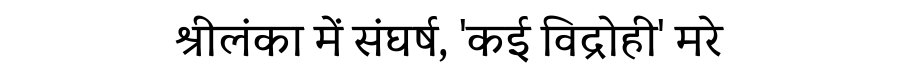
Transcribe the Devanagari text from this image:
श्रीलंका में संघर्ष, 'कई विद्रोही' मरे